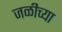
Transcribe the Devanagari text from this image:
जळीच्या